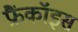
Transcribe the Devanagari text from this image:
फ्रैंकॉइस